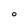
Character: 0